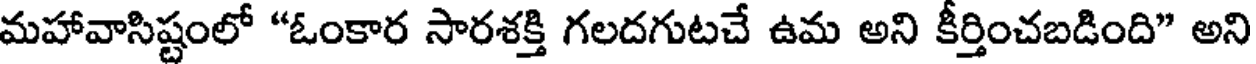
మహావాసిష్టంలో "ఓంకార సారశక్తి గలదగుటచే ఉమ అని కీర్తించబడింది" అని